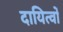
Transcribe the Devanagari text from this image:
दायित्‍वों